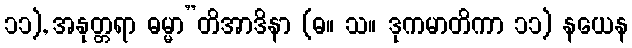
၁၁), အနုတ္တရာ ဓမ္မာ”တိအာဒိနာ (ဓ။ သ။ ဒုကမာတိကာ ၁၁) နယေန